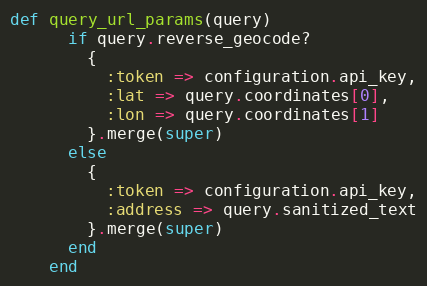
Language: Ruby
def query_url_params(query)
      if query.reverse_geocode?
        {
          :token => configuration.api_key,
          :lat => query.coordinates[0],
          :lon => query.coordinates[1]
        }.merge(super)
      else
        {
          :token => configuration.api_key,
          :address => query.sanitized_text
        }.merge(super)
      end
    end